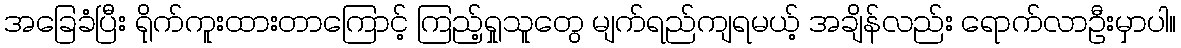
အခြေခံပြီး ရိုက်ကူးထားတာကြောင့် ကြည့်ရှုသူတွေ မျက်ရည်ကျရမယ့် အချိန်လည်း ရောက်လာဦးမှာပါ။